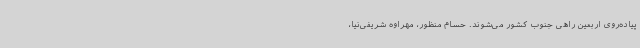
پیاده‌روی اربعین راهی جنوب کشور می‌شوند. حسام منظور، مهراوه شریفی‌نیا،